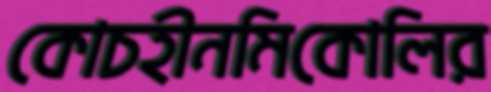
কোচহীনমিকোলির